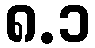
၈.၁